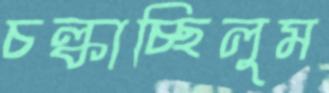
চল্‌কাচ্ছিলুম